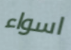
اسواء